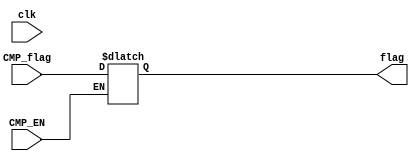
module CMP_REG(input clk,
					input CMP_EN,
					input CMP_flag,
					output flag
);

reg reg_flag=1'd0;

always@(*)begin
	if(CMP_EN)begin
		reg_flag = CMP_flag;
	end else begin
		reg_flag = reg_flag;
	end
end

assign flag = reg_flag;

endmodule